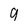
Character: 9